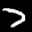
Label: 7